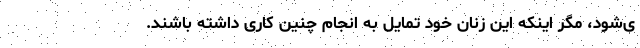
ی‌شود، مگر اینکه این زنان خود تمایل به انجام چنین کاری داشته باشند.